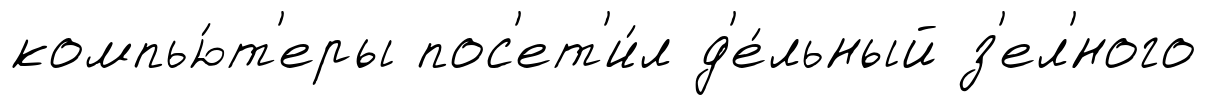
компью́т'еры пос'ет'и́л д'е́льный з'ел'́ного